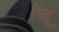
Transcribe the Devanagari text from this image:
रिवू